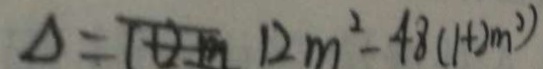
\Delta = 1 2 m ^ { 2 } - 4 8 ( 1 + 2 m ^ { 2 } )